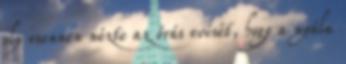
oly esennen nézte az órás evését, hogy a nyála